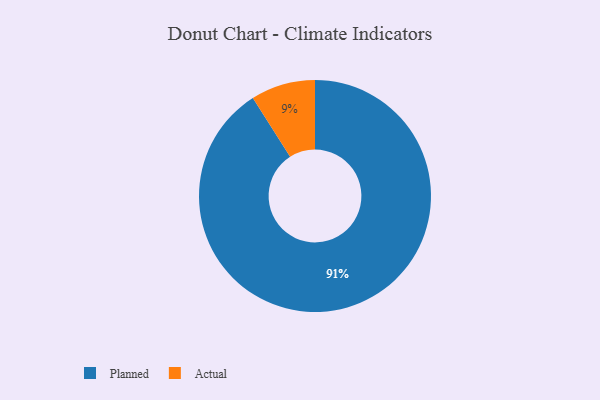
{"axis": {"x": "Category", "y": "Percentage"}, "legend": ["Actual", "Planned"], "data": [{"x": "Planned", "y": 91, "type": "Planned"}, {"x": "Actual", "y": 9, "type": "Actual"}]}